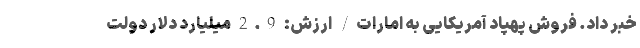
خبر داد. فروش پهپاد آمریکایی به امارات/ ارزش: 2.9 میلیارد دلار دولت